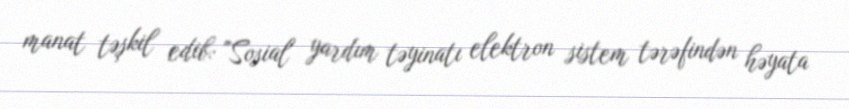
manat təşkil edib: "Sosial yardım təyinatı elektron sistem tərəfindən həyata